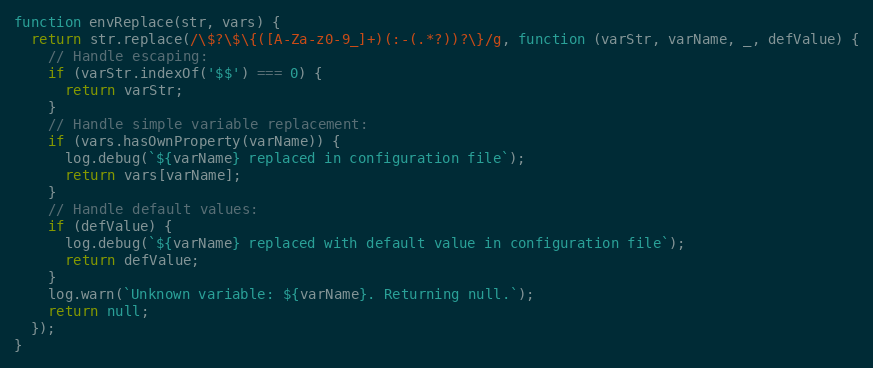
Language: JavaScript
function envReplace(str, vars) {
  return str.replace(/\$?\$\{([A-Za-z0-9_]+)(:-(.*?))?\}/g, function (varStr, varName, _, defValue) {
    // Handle escaping:
    if (varStr.indexOf('$$') === 0) {
      return varStr;
    }
    // Handle simple variable replacement:
    if (vars.hasOwnProperty(varName)) {
      log.debug(`${varName} replaced in configuration file`);
      return vars[varName];
    }
    // Handle default values:
    if (defValue) {
      log.debug(`${varName} replaced with default value in configuration file`);
      return defValue;
    }
    log.warn(`Unknown variable: ${varName}. Returning null.`);
    return null;
  });
}